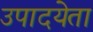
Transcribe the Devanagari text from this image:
उपादयेता